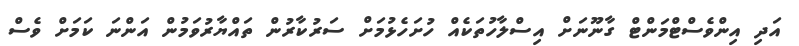
އަދި އިންވެސްޓްމަންޓް ގާނޫނަށް އިސްލާހުތަކެއް ހުށަހެޅުމަށް ސަރުކާރުން ތައްޔާރުވަމުން އަންނަ ކަމަށް ވެސް